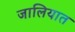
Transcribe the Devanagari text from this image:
जालियात